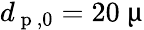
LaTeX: d_{\mathrm{~p~},0}=20~\upmu